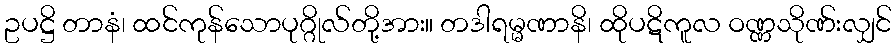
ဥပဋ္ဌိ တာနံ၊ ထင်ကုန်သောပုဂ္ဂိုလ်တို့အား။ တဒါရမ္မဏာနိ၊ ထိုပဋိကူလ ဝဏ္ဏသိုဏ်းလျှင်